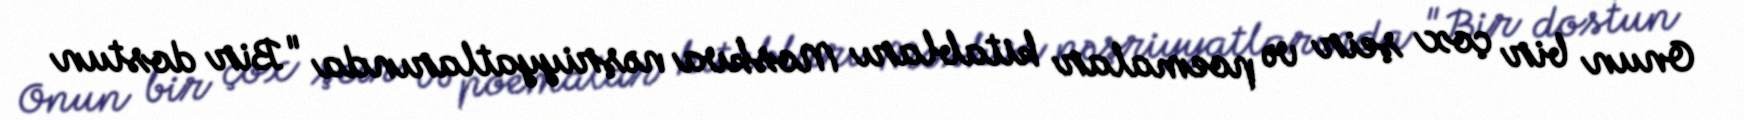
Onun bir çox şeir və poemalar kitabları Moskva nəşriyyatlarında "Bir dostun